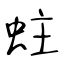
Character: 蛀